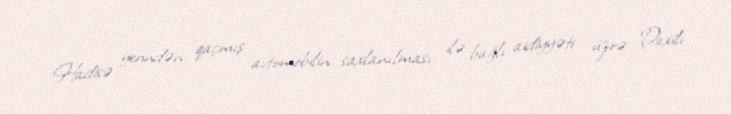
Hadisə yerindən qaçmış avtomobilin saxlanılması ilə bağlı aidiyyəti üzrə Daxili